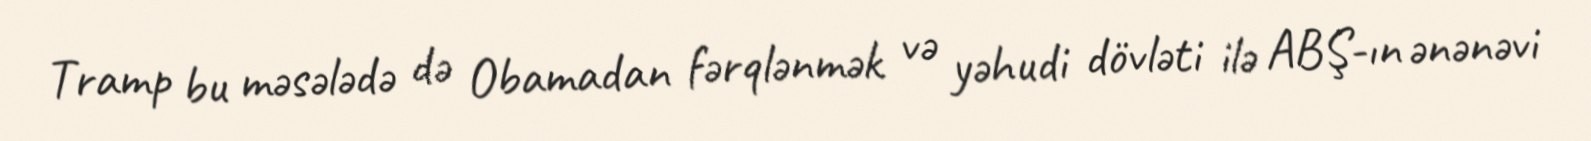
Tramp bu məsələdə də Obamadan fərqlənmək və yəhudi dövləti ilə ABŞ-ın ənənəvi